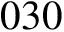
0 3 0